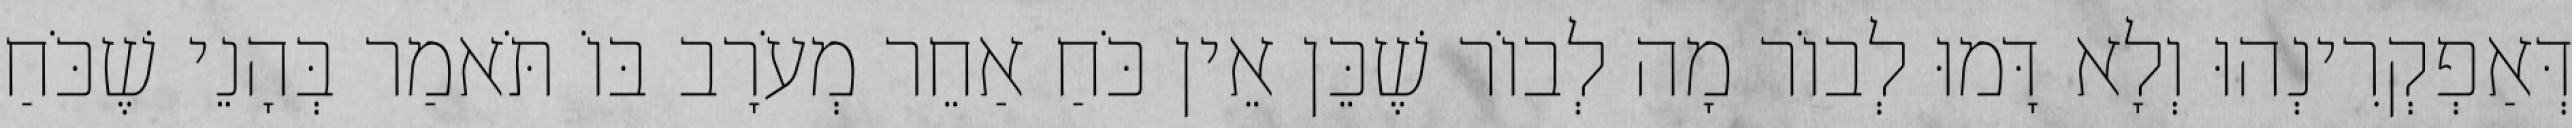
דְּאַפְקְרִינְהוּ וְלָא דָּמוּ לְבוֹר מָה לְבוֹר שֶׁכֵּן אֵין כֹּחַ אַחֵר מְעֹרָב בּוֹ תֹּאמַר בְּהָנֵי שֶׁכֹּחַ